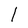
Character: 1